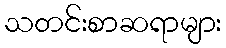
သတင်းစာဆရာများ